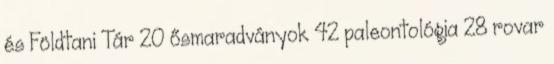
és Földtani Tár 20 ősmaradványok 42 paleontológia 28 rovar